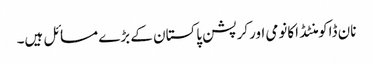
نان ڈاکومنٹڈ اکانومی اورکرپشن پاکستان کے بڑے مسائل ہیں۔